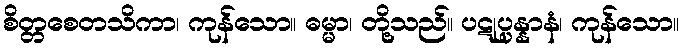
စိတ္တစေတသိကာ၊ ကုန်သော။ ဓမ္မာ၊ တို့သည်။ ပဋုပ္ပန္နာနံ၊ ကုန်သော။